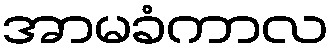
အာမခံကာလ